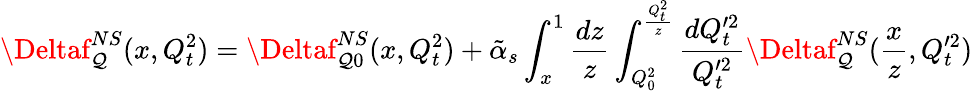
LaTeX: \Deltaf_{\mathcal{Q}}^{NS}(x,Q_{t}^{2})=\Deltaf_{\mathcal{Q}0}^{NS}(x,Q_{t}^{2})+\tilde{{\alpha}}_{s}\int_{x}^{1}{\frac{{dz}}{{z}}}\int_{Q_{0}^{2}}^{{\frac{{Q_{t}^{2}}}{{z}}}}{\frac{{dQ_{t}^{\prime2}}}{{Q_{t}^{\prime2}}}}\Deltaf_{\mathcal{Q}}^{NS}({\frac{{x}}{{z}}},Q_{t}^{\prime2})